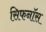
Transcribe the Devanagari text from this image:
सिफनॉस